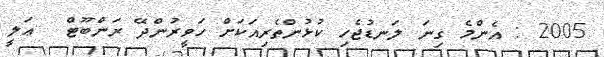
2005 : އެންމެ ގިނަ ލަނޑުޖެހި ކުޅުންތެރިއަކަށް ހަވީރުންދޭ ރަންބޫޓް  ޢަލީ